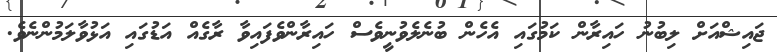
ޖައިޝްއަށް ލިބުނު ހައިރާން ކަމުގައި އެހެން ބުނެލެވުނީވެސް ހައިރާންވެފައިވާ ރާގެއް އަޑުގައި އަޅުވާލަމުންނެވެ.